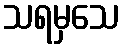
သရမှသေ